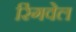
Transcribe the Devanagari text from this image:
रिंगवेल